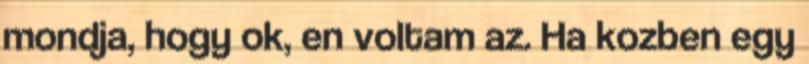
mondja, hogy ok, en voltam az. Ha kozben egy